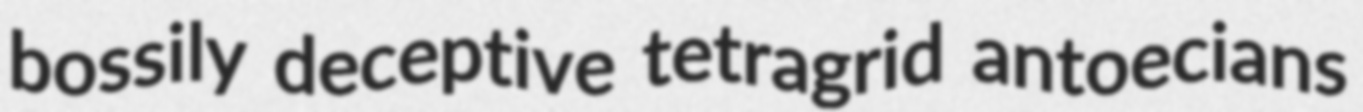
bossily deceptive tetragrid antoecians